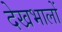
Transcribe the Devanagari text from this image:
देखभालों